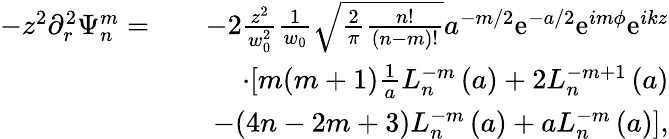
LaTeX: \begin{array}{rlr}{-z^{2}\partial_{r}^{2}\Psi_{n}^{m}=}&{}&{-2\frac{z^{2}}{w_{0}^{2}}\frac{1}{w_{0}}\sqrt{\frac{2}{\pi}\frac{n!}{(n-m)!}}a^{-m/2}\mathrm{e}^{-a/2}\mathrm{e}^{im\phi}\mathrm{e}^{ikz}}\\ &{}&{\cdot[m(m+1)\frac{1}{a}L_{n}^{-m}\left(a\right)+2L_{n}^{-m+1}\left(a\right)}\\ &{}&{-(4n-2m+3)L_{n}^{-m}\left(a\right)+aL_{n}^{-m}\left(a\right)],}\end{array}